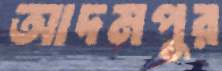
আদমপুর